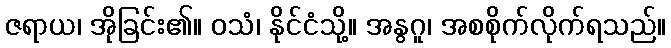
ဇရာယ၊ အိုခြင်း၏။ ဝသံ၊ နိုင်ငံသို့။ အနွဂူ၊ အစစိုက်လိုက်ရသည်။